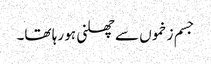
جسم زخموں سے چھلنی ہو رہا تھا۔